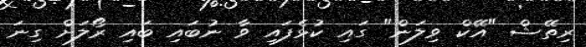
ރިތޭޝް "އޭކް ވިލަން" ގައި ކުޅެފައި ވާ ނުބައި ބައި ރޯލަށް ގިނަ